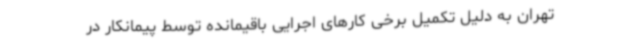
تهران به دلیل تکمیل برخی کارهای اجرایی باقیمانده توسط پیمانکار در